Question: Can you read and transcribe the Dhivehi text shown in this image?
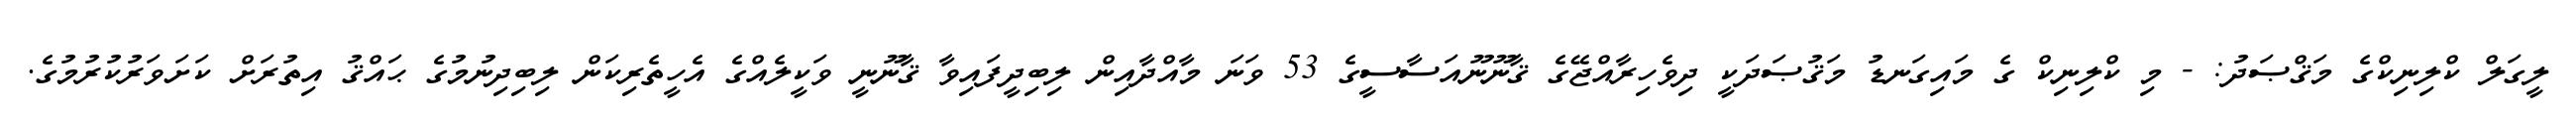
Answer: ލީގަލް ކްލިނިކްގެ މަޤްޞަދު: - މި ކްލިނިކް ގެ މައިގަނޑު މަޤުޞަދަކީ ދިވެހިރާއްޖޭގެ ޤާނޫނޫއަސާސީގެ 53 ވަނަ މާއްދާއިން ލިބިދީފައިވާ ޤާނޫނީ ވަކީލެއްގެ އެހީތެރިކަން ލިބިދިނުމުގެ ޙައްޤު އިތުރަށް ކަށަވަރުކުރުމުގެ.